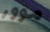
موور